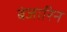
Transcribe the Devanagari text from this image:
बंजारिन